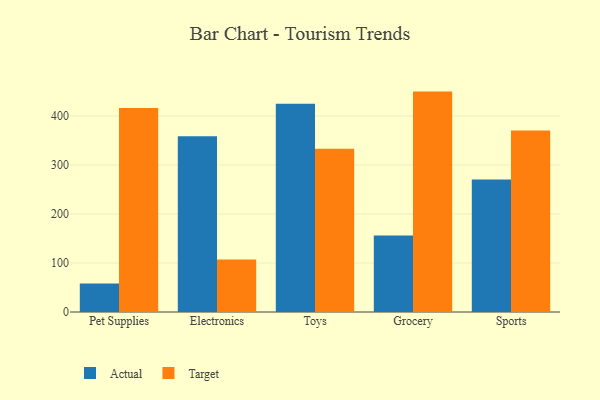
{"axis": {"x": "Category", "y": "Market Share (%)"}, "legend": ["Actual", "Target"], "data": [{"x": "Pet Supplies", "y": 58.4, "type": "Actual"}, {"x": "Pet Supplies", "y": 416.0, "type": "Target"}, {"x": "Electronics", "y": 358.6, "type": "Actual"}, {"x": "Electronics", "y": 107.1, "type": "Target"}, {"x": "Toys", "y": 425.0, "type": "Actual"}, {"x": "Toys", "y": 332.9, "type": "Target"}, {"x": "Grocery", "y": 156.0, "type": "Actual"}, {"x": "Grocery", "y": 449.7, "type": "Target"}, {"x": "Sports", "y": 270.5, "type": "Actual"}, {"x": "Sports", "y": 370.5, "type": "Target"}]}